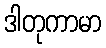
ဒါတုကာမာ